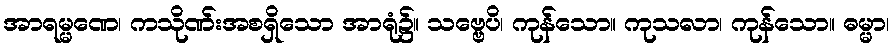
အာရမ္မဏေ၊ ကသိုဏ်းအစရှိသော အာရုံ၌။ သဗ္ဗေပိ၊ ကုန်သော။ ကုသလာ၊ ကုန်သော။ ဓမ္မာ၊